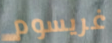
غريسوم